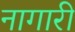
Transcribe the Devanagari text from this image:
नागारी